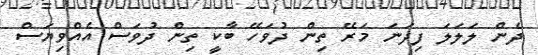
ދެން ލަލަލަ ފިދަނަ މަރޭ ތިން ދުވަހޭ ބާކީ ތިން ދުވަސް އެއްވިޔަސް